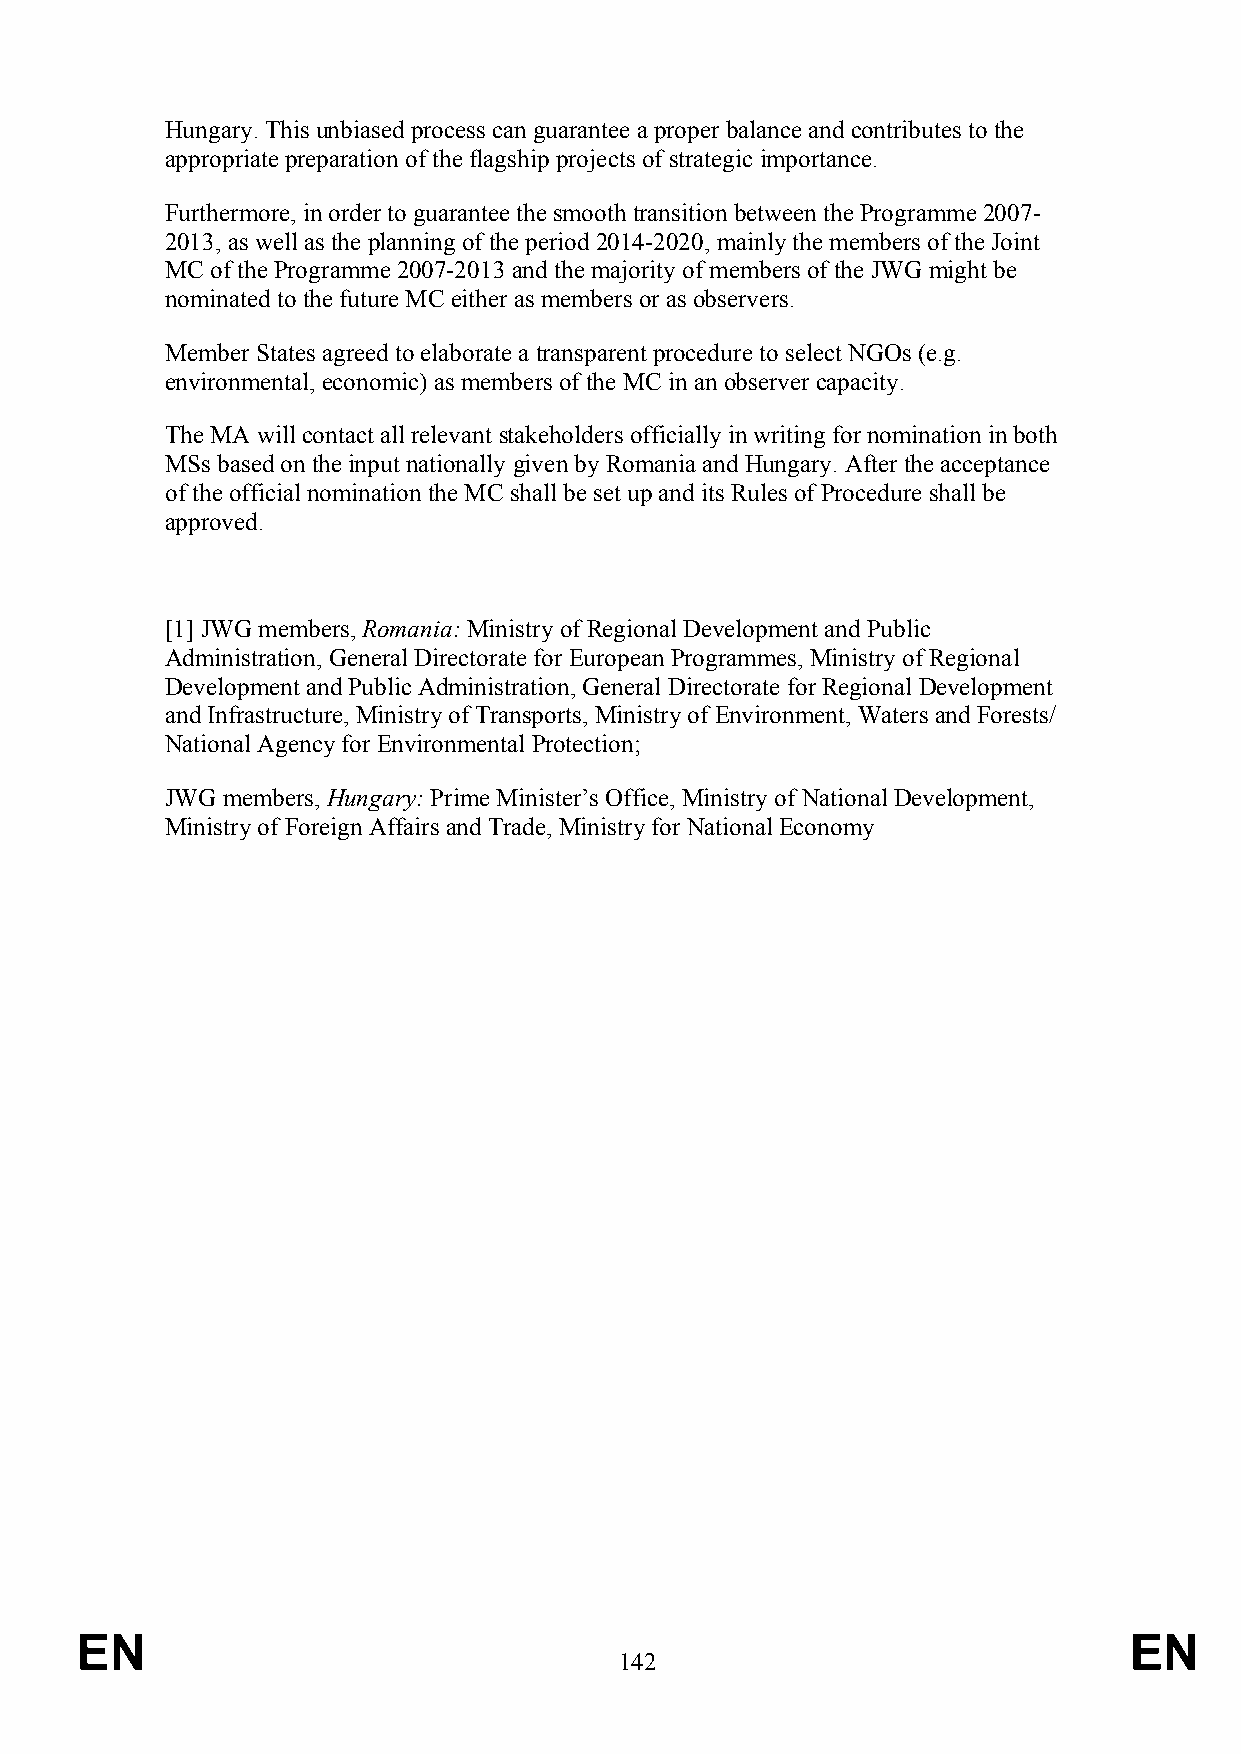
Hungary. This unbiased process can guarantee a proper balance and contributes to the
 appropriate preparation of the flagship projects of strategic importance.
 Furthermore, in order to guarantee the smooth transition between the Programme 2007-
 2013, as well as the planning of the period 2014-2020, mainly the members of the Joint
 MC of the Programme 2007-2013 and the majority of members of the JWG might be
 nominated to the future MC either as members or as observers.
 Member States agreed to elaborate a transparent procedure to select NGOs (e.g.
 environmental, economic) as members of the MC in an observer capacity.
 The MA will contact all relevant stakeholders officially in writing for nomination in both
 MSs based on the input nationally given by Romania and Hungary. After the acceptance
 of the official nomination the MC shall be set up and its Rules of Procedure shall be
 approved.
 [1] JWG members, Romania: Ministry of Regional Development and Public
 Administration, General Directorate for European Programmes, Ministry of Regional
 Development and Public Administration, General Directorate for Regional Development
 and Infrastructure, Ministry of Transports, Ministry of Environment, Waters and Forests/
 National Agency for Environmental Protection;
 JWG members, Hungary: Prime Minister’s Office, Ministry of National Development,
 Ministry of Foreign Affairs and Trade, Ministry for National Economy
 EN                                                                    EN
 142